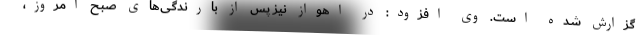
گزارش شده است. وی افزود: در اهواز نیز پس از بارندگی‌های صبح امروز،